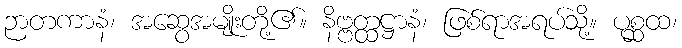
ဉာတကာနံ၊ အဆွေအမျိုးတို့၏။ နိဗ္ဗတ္ထဋ္ဌာနံ၊ ဖြစ်ရာအရပ်သို့။ ပုစ္ဆထ၊